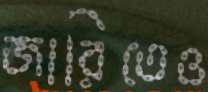
জারিতেও